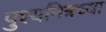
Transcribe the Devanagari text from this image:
पुश्यमित्रच्या